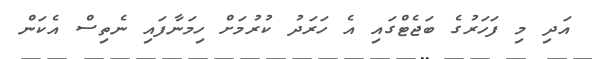
އަދި މި ފަހަރުގެ ބަޖެޓްގައި އެ ހަރަދު ކުރުމަށް ހިމަނާފައި ނެތިސް އެކަން